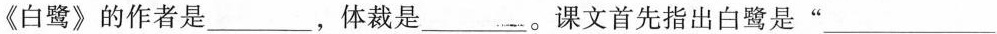
《白鹭》的作者是___,体裁是___。课文首先指出白鹭是"___